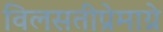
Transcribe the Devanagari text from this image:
विलसतीप्रेमाग्ने